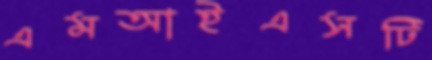
এমআইএসটি